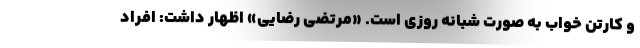
و کارتن خواب به صورت شبانه روزی است. «مرتضی رضایی» اظهار داشت: افراد